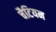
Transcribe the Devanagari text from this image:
चैटियन